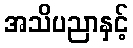
အသိပညာနှင့်